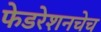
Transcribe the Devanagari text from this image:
फेडरेशनचेच